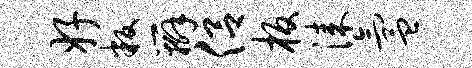
好叛辫侣板漆氲